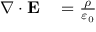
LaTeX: \begin{array} { r l } { \nabla \cdot \mathbf { E } } & { { } = { \frac { \rho } { \varepsilon _ { 0 } } } } \end{array}